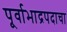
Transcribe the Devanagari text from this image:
पूर्वाभाद्रपदाचा